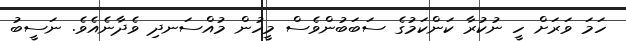
ހަމަ ވަރަށް ހީ ނުކުރާ ކަންކަމުގެ ސަބަބުންވެސް މީހުން މުއްސަނދި ވެދާނެއެވެ. ނަސީބު